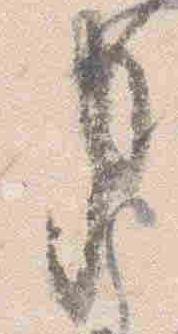
事